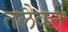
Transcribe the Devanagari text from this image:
तलैवन